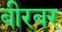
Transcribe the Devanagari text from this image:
बीरबर